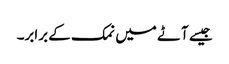
جیسے آٹے میں نمک کے برابر۔